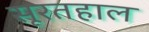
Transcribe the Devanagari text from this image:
सूरतहाल